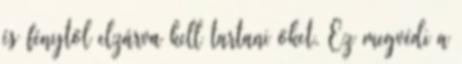
és fénytől elzárva kell tartani őket. Ez megvédi a